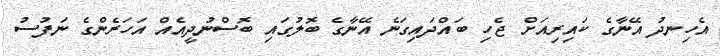
އެހިނދު އޭނާގެ ކައިރިއަށް ޖެހި ބައްދައިގަނެ އޭނާގެ ބޮލުގައި ބޮސްނުދީއެއް އަހަރެންގެ ނަފުސު